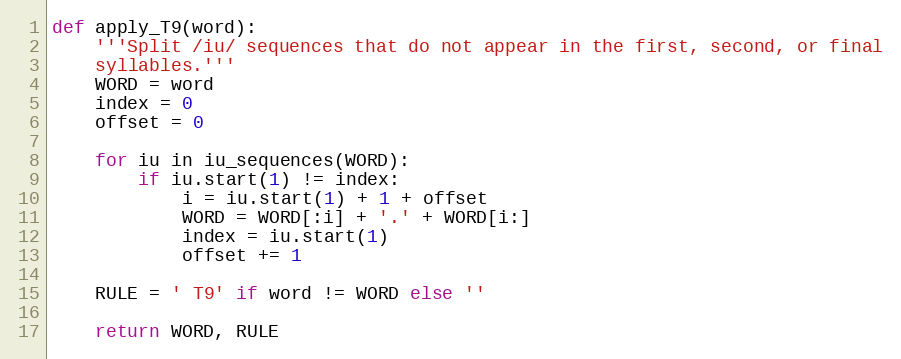
Language: Python
def apply_T9(word):
    '''Split /iu/ sequences that do not appear in the first, second, or final
    syllables.'''
    WORD = word
    index = 0
    offset = 0

    for iu in iu_sequences(WORD):
        if iu.start(1) != index:
            i = iu.start(1) + 1 + offset
            WORD = WORD[:i] + '.' + WORD[i:]
            index = iu.start(1)
            offset += 1

    RULE = ' T9' if word != WORD else ''

    return WORD, RULE